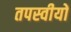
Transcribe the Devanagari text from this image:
तपस्वीयों